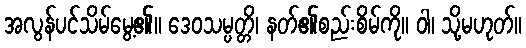
အလွန်ပင်သိမ်မွေ့၏။ ဒေဝသမ္ပတ္တိ၊ နတ်၏စည်းစိမ်ကို။ ဝါ၊ သို့မဟုတ်။